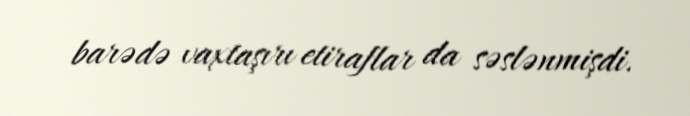
barədə vaxtaşırı etiraflar da səslənmişdi.